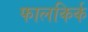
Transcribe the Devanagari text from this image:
फालकिर्क